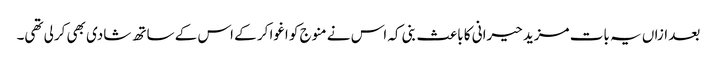
بعد ازاں یہ بات مزید حیرانی کا باعث بنی کہ اس نے منوج کو اغوا کر کے اس کے ساتھ شادی بھی کرلی تھی۔